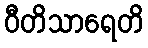
ဝီတိသာရေတိ